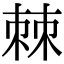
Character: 棘